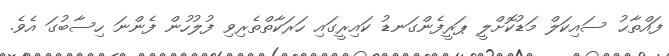
ފައްތާޙު ސައިކަލް މަޑުކޮށްލީ ޕަރީފެންގަނޑު ކައިރީގައި ހަރަކާތްތެރިވި ފުލުހުން ފެންނަ ހިސާބުގަ އެވެ.